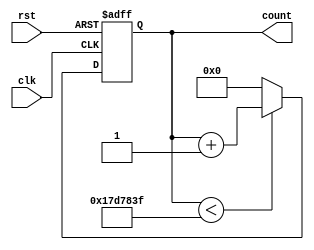
module counter_mod_25000000(count,clk,rst);

output [24:0] count;
input clk;
input rst;

reg [24:0]counter_out;
always @(posedge clk or negedge rst)
  begin
   if(!rst)
    begin
       counter_out <=0;
    end
   else if(counter_out<24999999)
    begin
      counter_out <= count+1;
    end
    else
      counter_out <= 0;
  end
  
  assign count = counter_out;

endmodule